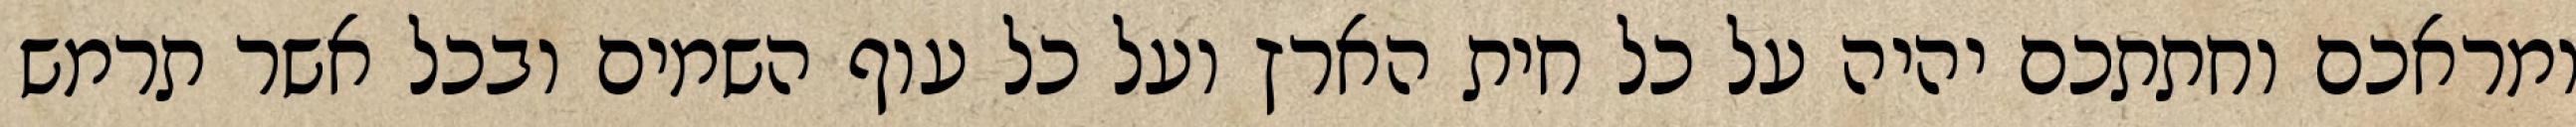
ומראכם וחתתכם יהיה על כל חית הארץ ועל כל עוף השמים ובכל אשר תרמש